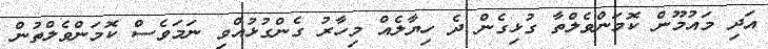
އަދި މައުމޫން ކޮމަންވެލްތާ ގުޅިގެން ދެ ހިޔާލެއް މިހާރު ގެންގުޅުއްވި ނަމަވެސް ކޮމަންވެލްތުން